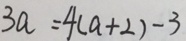
3 a = 4 ( a + 2 ) - 3